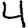
Digit: 4